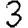
Digit: 3